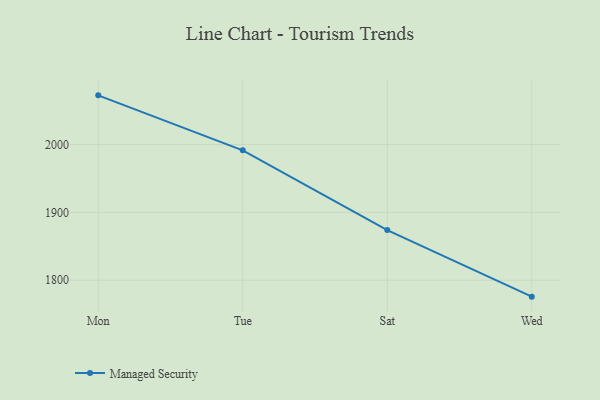
{"axis": {"x": "Day", "y": "Revenue (USD Million)"}, "legend": ["Managed Security"], "data": [{"x": "Mon", "y": 2072.5, "type": "Managed Security"}, {"x": "Tue", "y": 1991.4, "type": "Managed Security"}, {"x": "Sat", "y": 1873.9, "type": "Managed Security"}, {"x": "Wed", "y": 1775.8, "type": "Managed Security"}]}